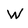
Character: w